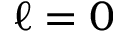
\ell = 0